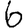
Digit: 6